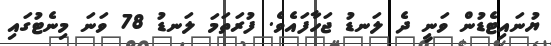
ޔުނައިޓެޑުން ވަނީ ދެ ލަނޑު ޖަހާފައެވެ. ފުރަތަމަ ލަނޑު 78 ވަނަ މިނެޓުގައި